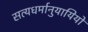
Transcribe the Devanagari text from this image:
सत्यधर्मानुयायियों